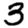
Digit: 3